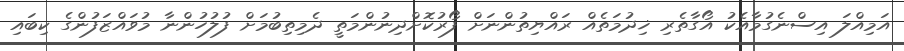
އަމިއްލަ އިސްނެގުމާއެކު އޯގާތެރި ޚިދުމަތެއް ރައްޔިތުންނަށް ފޯރުކޮށްދިނުންމަތީ ދެމިތިބުމަށް ފުލުހުންނާ މުވައްޒަފުންގެ ކިބައި